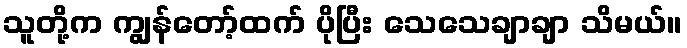
သူတို့က ကျွန်တော့်ထက် ပိုပြီး သေသေချာချာ သိမယ်။